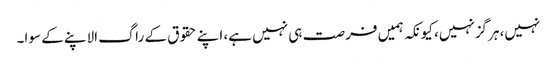
نہیں، ہرگزنہیں، کیونکہ ہمیں فرصت ہی نہیں ہے، اپنے حقوق کے راگ الاپنے کے سوا۔